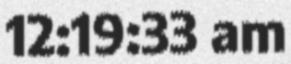
12:19:33 am